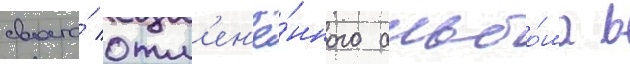
своего́ отм'ен'ё́нного альбо́ма в